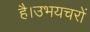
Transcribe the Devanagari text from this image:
है।उभयचरों